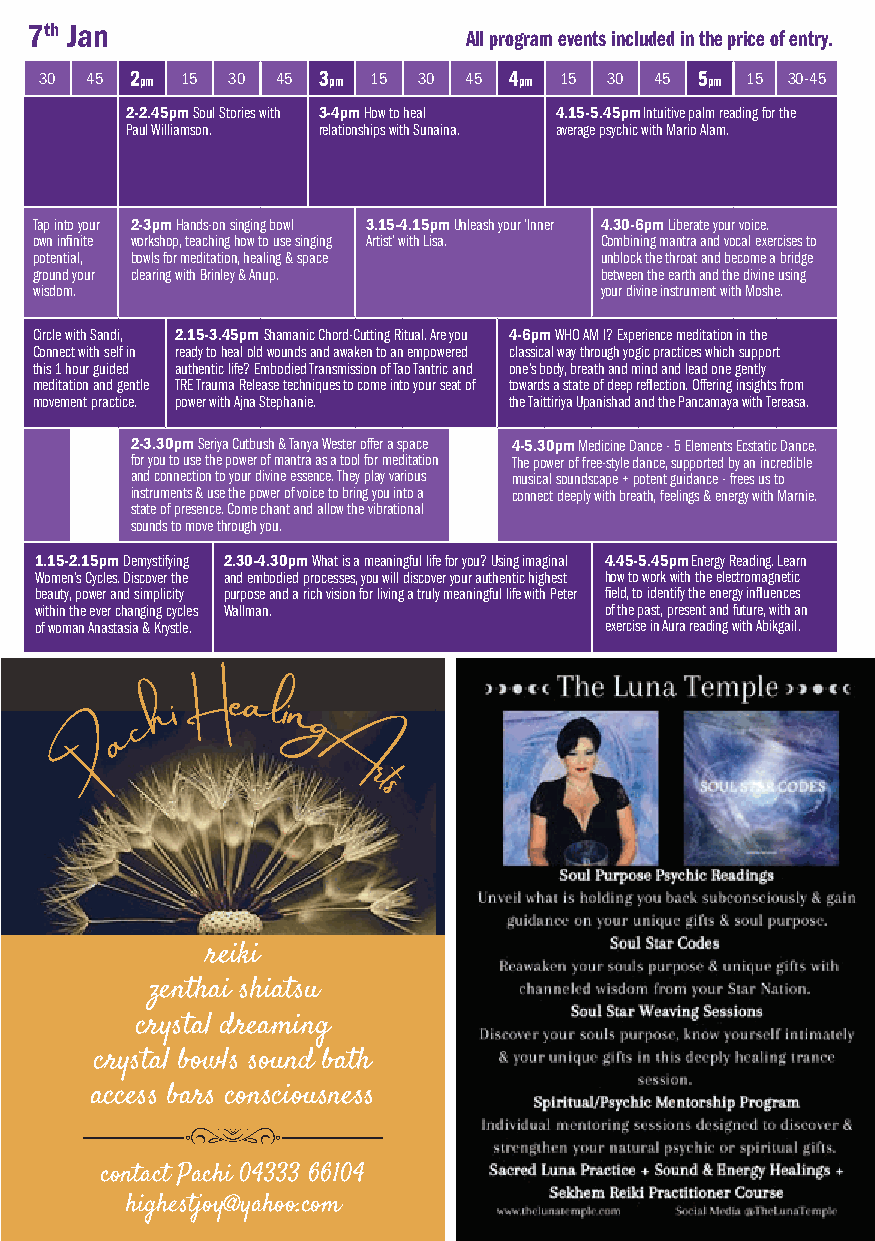
Friday 7th Jan
 All program events included in the price of entry.
 10am 15 30 45 11am 15 30 45 12pm 15 30 45 1pm 15 30 45 2pm 15 30 45 3pm 15 30 45 4pm 15 30 45 5pm 15 30-45
 2-2.45pm Soul Stories with 3-4pm How to heal 4.15-5.45pm Intuitive palm reading for the
 Paul Williamson. relationships with Sunaina. average psychic with Mario Alam.
 WISDOM
 ROOM
 Tap into your 2-3pm Hands-on singing bowl 3.15-4.15pm Unleash your ‘Inner 4.30-6pm Liberate your voice.
 own infinite workshop, teaching how to use singing Artist’ with Lisa. Combining mantra and vocal exercises to
 HEART potential, bowls for meditation, healing & space unblock the throat and become a bridge
 SPACE ground your clearing with Brinley & Anup. between the earth and the divine using
 wisdom.                               your divine instrument with Moshe.
 Circle with Sandi, 2.15-3.45pm Shamanic Chord-Cutting Ritual. Are you 4-6pm WHO AM I? Experience meditation in the
 Connect with self in ready to heal old wounds and awaken to an empowered classical way through yogic practices which support
 UNITY this 1 hour guided authentic life? Embodied Transmission of Tao Tantric and one’s body, breath and mind and lead one gently
 SPACE meditation and gentle TRE Trauma Release techniques to come into your seat of towards a state of deep reflection. Offering insights from
 movement practice. power with Ajna Stephanie. the Taittiriya Upanishad and the Pancamaya with Tereasa.
 2-3.30pm Seriya Cutbush & Tanya Wester offer a space 4-5.30pm Medicine Dance - 5 Elements Ecstatic Dance.
 for you to use the power of mantra as a tool for meditation The power of free-style dance, supported by an incredible
 SOUL     and connection to your divine essence. They play various musical soundscape + potent guidance - frees us to
 SOUNDS   instruments & use the power of voice to bring you into a connect deeply with breath, feelings & energy with Marnie.
 state of presence. Come chant and allow the vibrational
 sounds to move through you.
 1.15-2.15pm Demystifying 2.30-4.30pm What is a meaningful life for you? Using imaginal 4.45-5.45pm Energy Reading. Learn
 Women’s Cycles. Discover the and embodied processes, you will discover your authentic highest how to work with the electromagnetic
 SACRED beauty, power and simplicity purpose and a rich vision for living a truly meaningful life with Peter field, to identify the energy influences
 SPACE within the ever changing cycles Wallman. of the past, present and future, with an
 of woman Anastasia & Krystle.         exercise in Aura reading with Abikgail.
 hiHeali
 c       n
 a         g
 P
 A
 rts
 reiki
 zenthai shiatsu
 crystal dreaming
 crystal bowls sound bath
 access bars consciousness
 contact Pachi 04333 66104
 highestjoy@yahoo.com